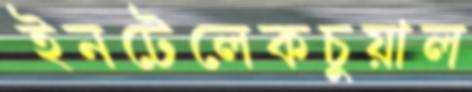
ইনটেলেকচুয়াল